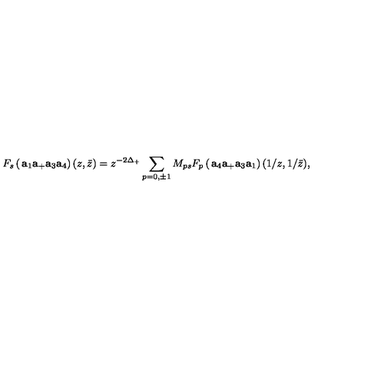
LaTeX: F _ { s } \left( \begin{matrix} { { \bf a } _ { 1 } { \bf a } _ { + } } \\ { { \bf a } _ { 3 } { \bf a } _ { 4 } } \\ \end{matrix} \right) ( z , \bar { z } ) = z ^ { - 2 \Delta _ { + } } \sum _ { p = 0 , \pm 1 } M _ { p s } F _ { p } \left( \begin{matrix} { { \bf a } _ { 4 } { \bf a } _ { + } } \\ { { \bf a } _ { 3 } { \bf a } _ { 1 } } \\ \end{matrix} \right) ( 1 / z , 1 / \bar { z } ) ,